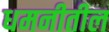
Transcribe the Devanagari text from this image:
धमनीतील